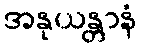
အနုယန္တာနံ